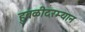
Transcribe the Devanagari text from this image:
हुबळीदरम्यान